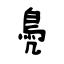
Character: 鳧